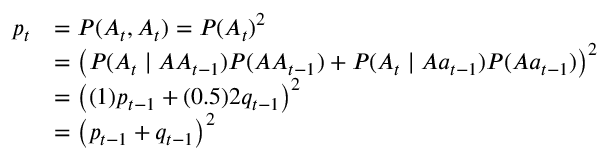
{ \begin{array} { r l } { p _ { t } } & { = P ( A _ { t } , A _ { t } ) = P ( A _ { t } ) ^ { 2 } } \\ & { = \left( P ( A _ { t } \mid A A _ { t - 1 } ) P ( A A _ { t - 1 } ) + P ( A _ { t } \mid A a _ { t - 1 } ) P ( A a _ { t - 1 } ) \right) ^ { 2 } } \\ & { = \left( ( 1 ) p _ { t - 1 } + ( 0 . 5 ) 2 q _ { t - 1 } \right) ^ { 2 } } \\ & { = \left( p _ { t - 1 } + q _ { t - 1 } \right) ^ { 2 } } \end{array} }